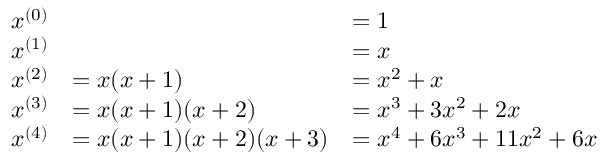
{ \begin{array} { r l l } { x ^ { ( 0 ) } } & & { = 1 } \\ { x ^ { ( 1 ) } } & & { = x } \\ { x ^ { ( 2 ) } } & { = x ( x + 1 ) } & { = x ^ { 2 } + x } \\ { x ^ { ( 3 ) } } & { = x ( x + 1 ) ( x + 2 ) } & { = x ^ { 3 } + 3 x ^ { 2 } + 2 x } \\ { x ^ { ( 4 ) } } & { = x ( x + 1 ) ( x + 2 ) ( x + 3 ) } & { = x ^ { 4 } + 6 x ^ { 3 } + 1 1 x ^ { 2 } + 6 x } \end{array} }